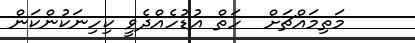
މަތިމައްޗަށް  ހަތް އުޑުހެއްދެވީ ކިހިނަކުންކަން